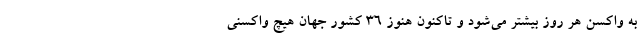
به واکسن هر روز بیشتر می‌شود و تاکنون هنوز ۳۶ کشور جهان هیچ واکسنی